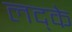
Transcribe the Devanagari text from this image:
लद्के